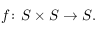
\, f \colon S \times S \rightarrow S .